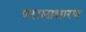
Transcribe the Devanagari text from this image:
परासाधारण